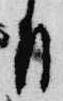
日